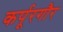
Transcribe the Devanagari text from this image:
कर्पूरगौर